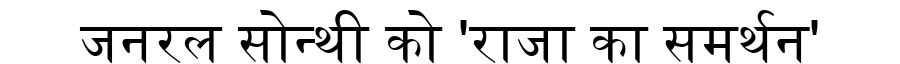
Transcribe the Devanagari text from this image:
जनरल सोन्थी को 'राजा का समर्थन'